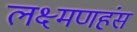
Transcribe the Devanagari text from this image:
लक्ष्मणहंस